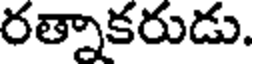
రత్నాకరుడు.